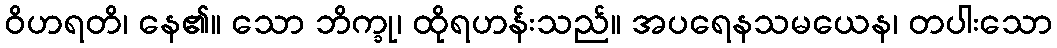
ဝိဟရတိ၊ နေ၏။ သော ဘိက္ခု၊ ထိုရဟန်းသည်။ အပရေနသမယေန၊ တပါးသော